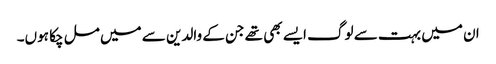
ان میں بہت سے لوگ ایسے بھی تھے جن کے والدین سے میں مل چکا ہوں۔